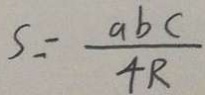
S = \frac { a b c } { 4 R }